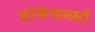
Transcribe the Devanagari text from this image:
प्रोफेशनलों